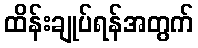
ထိန်းချုပ်ရန်အတွက်